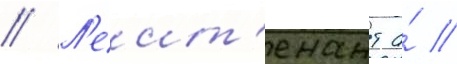
// Л'еит'енант а́ //